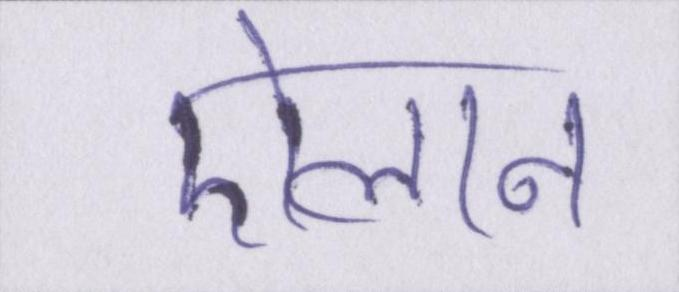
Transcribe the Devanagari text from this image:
ऐलान